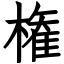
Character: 権